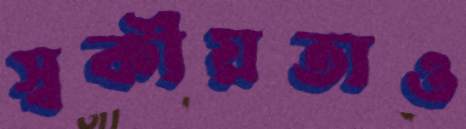
স্বকীয়তাও